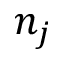
n _ { j }